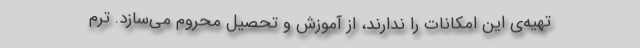
تهیه‌ی این امکانات را ندارند، از آموزش و تحصیل محروم می‌سازد. ترم